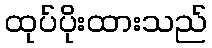
ထုပ်ပိုးထားသည်